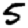
Digit: 5